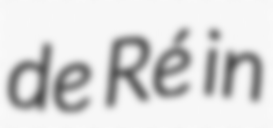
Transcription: de Ré in